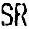
SR